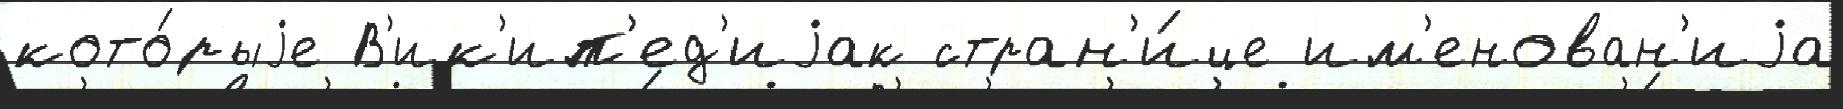
кото́рыjе В'ик'ип'ед'иjак стран'и́це им'енован'иjа